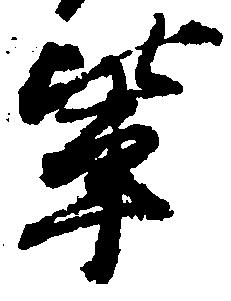
輩